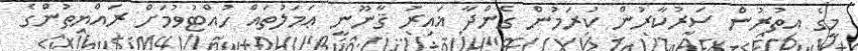
މީގެ އިތުރުން ސަރުކާރުން ކުރަމުން ގެންދާ ޣައިރު ޤާނޫނީ ޢަމަލުތައް ހުއްޓުވުމަށް ރައްޔިތުންގެ